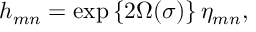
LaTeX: h _ { m n } = \exp \left\{ 2 \Omega ( \sigma ) \right\} \eta _ { m n } ,